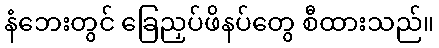
နံဘေးတွင် ခြေညှပ်ဖိနပ်တွေ စီထားသည်။